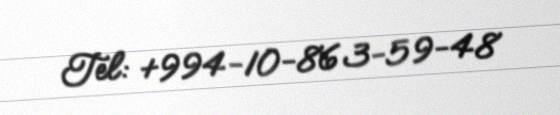
Tel: +994-10-863-59-48